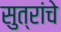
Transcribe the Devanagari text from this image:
सुत्रांचे